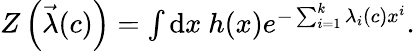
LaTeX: \begin{array}{r}{Z\left(\vec{\lambda}(c)\right)=\int\mathrm{d}x\ h(x)e^{-\sum_{i=1}^{k}\lambda_{i}(c)x^{i}}.}\end{array}